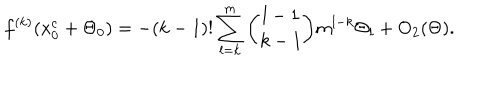
f ^ { ( k ) } ( x _ { 0 } ^ { c } + \Theta _ { 0 } ) = - ( k - 1 ) ! \sum _ { l = k } ^ { m } { \binom { l - 1 } { k - 1 } } m ^ { l - k } \Theta _ { l } + { \mathrm { O } } _ { 2 } ( \Theta ) .